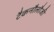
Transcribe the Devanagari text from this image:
टैकनौेलौजी